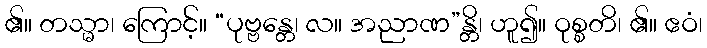
၏။ တသ္မာ၊ ကြောင့်။ “ပုဗ္ဗန္တေ၊ လ။ အညာဏ”န္တိ၊ ဟူ၍။ ဝုစ္စတိ၊ ၏။ ဧဝံ၊